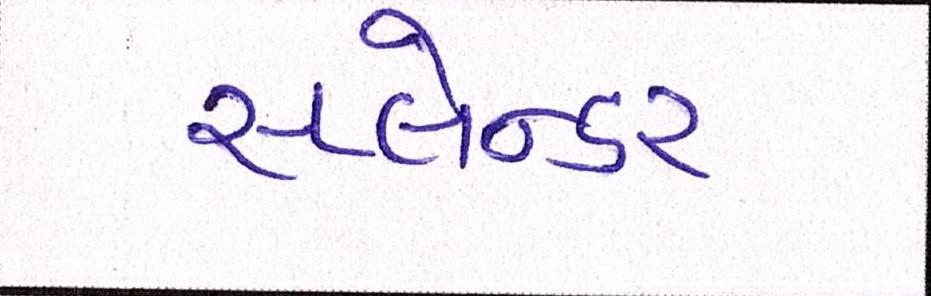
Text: સ્પ્લેન્ડર